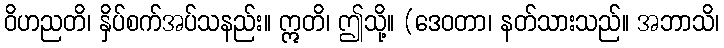
ဝိဟညတိ၊ နှိပ်စက်အပ်သနည်း။ ဣတိ၊ ဤသို့။ (ဒေဝတာ၊ နတ်သားသည်။ အဘာသိ၊